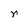
Character: r